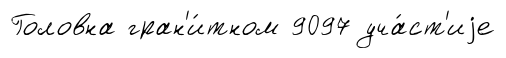
Головна гран'и́тном 9097 уча́ст'иjе